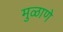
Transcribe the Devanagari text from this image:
मुळाणे